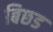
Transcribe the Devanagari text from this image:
बिछड